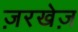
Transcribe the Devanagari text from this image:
ज़रखेज़